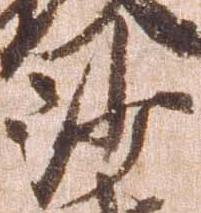
沙